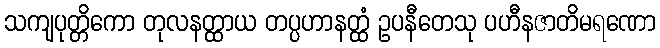
သကျပုတ္တိကော တုလနတ္ထာယ တပ္ပဟာနတ္ထံ ဥပနီတေသု ပဟီနဇာတိမရဏော